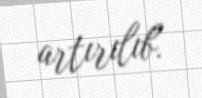
artırılıb.